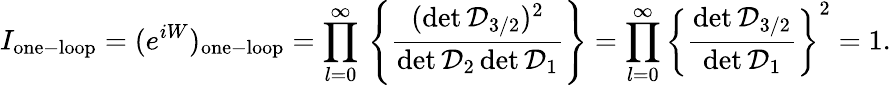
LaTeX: I_{\mathrm{one-loop}}=(e^{iW})_{\mathrm{one-loop}}=\prod_{l=0}^{\infty}{}\left\{ {\frac{(\operatorname*{det}{\cal D}_{3/2})^{2}}{\operatorname*{det}{\cal D}_{2}\operatorname*{det}{\cal D}_{1}}}\right\} =\prod_{l=0}^{\infty}{}\left\{ {\frac{\operatorname*{det}{\cal D}_{3/2}}{\operatorname*{det}{\cal D}_{1}}}\right\} ^{2}=1.